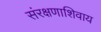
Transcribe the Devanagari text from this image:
संरक्षणाशिवाय